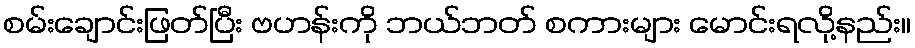
စမ်းချောင်းဖြတ်ပြီး ဗဟန်းကို ဘယ်ဘတ် စကားများ မောင်းရလို့နည်း။